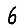
Digit: 6